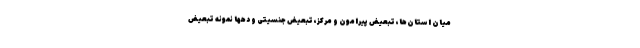
میان استان‌ها، تبعیض پیرامون و مرکز، تبعیض جنسیتی و دهها نمونه تبعیض